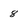
Character: 8